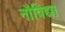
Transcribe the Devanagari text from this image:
नौविद्या